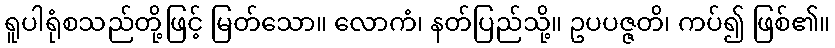
ရူပါရုံစသည်တို့ဖြင့် မြတ်သော။ လောကံ၊ နတ်ပြည်သို့။ ဥပပဇ္ဇတိ၊ ကပ်၍ ဖြစ်၏။